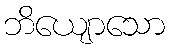
ဘိယျောသော